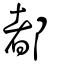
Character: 都